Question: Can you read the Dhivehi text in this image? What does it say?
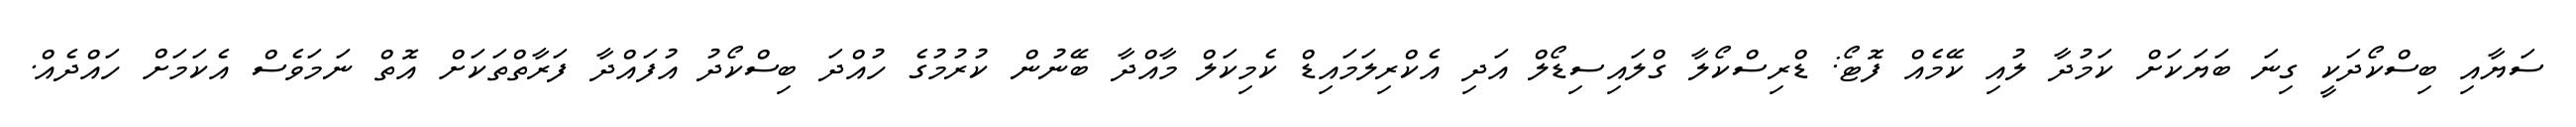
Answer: ސަޔާއި ބިސްކޯދަކީ ގިނަ ބަޔަކަށް ކަމުދާ ލުއި ކޭމެއް ފޮޓޯ: ޑްރިސްކޯލާ ގްލައިސިޑޯލް އަދި އެކްރިލަމައިޑް ކެމިކަލް މާއްދާ ބޭނުން ކުރުމުގެ ހުއްދަ ބިސްކޯދު އުފައްދާ ފަރާތްތަކަށް އޮތް ނަމަވެސް އެކަމަށް ހައްދެއް.